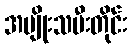
အမျိုးသမီးတိုင်း